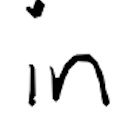
Text: in
Cross-out: clean
Writing tool: digital_black